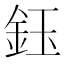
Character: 鈺